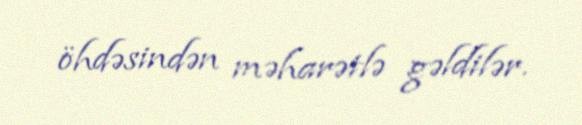
öhdəsindən məharətlə gəldilər.